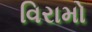
વિરામો